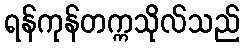
ရန်ကုန်တက္ကသိုလ်သည်